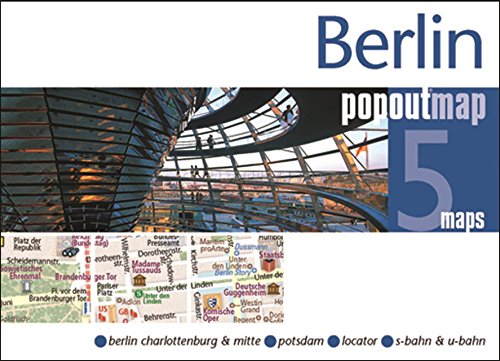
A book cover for Berlin PopOut Map (PopOut Maps); Popout Maps; Travel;